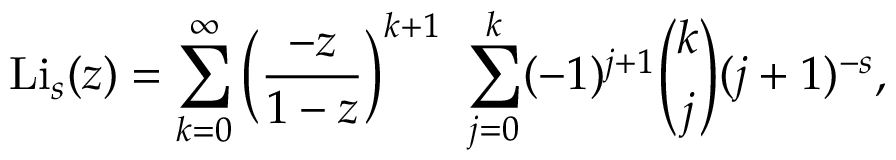
\operatorname { L i } _ { s } ( z ) = \sum _ { k = 0 } ^ { \infty } \left( { \frac { - z } { 1 - z } } \right) ^ { k + 1 } ~ \sum _ { j = 0 } ^ { k } ( - 1 ) ^ { j + 1 } { \binom { k } { j } } ( j + 1 ) ^ { - s } ,